Lunatic asylums Central Provinces reports 1886-1894 - 1886-1894
Year: 1886
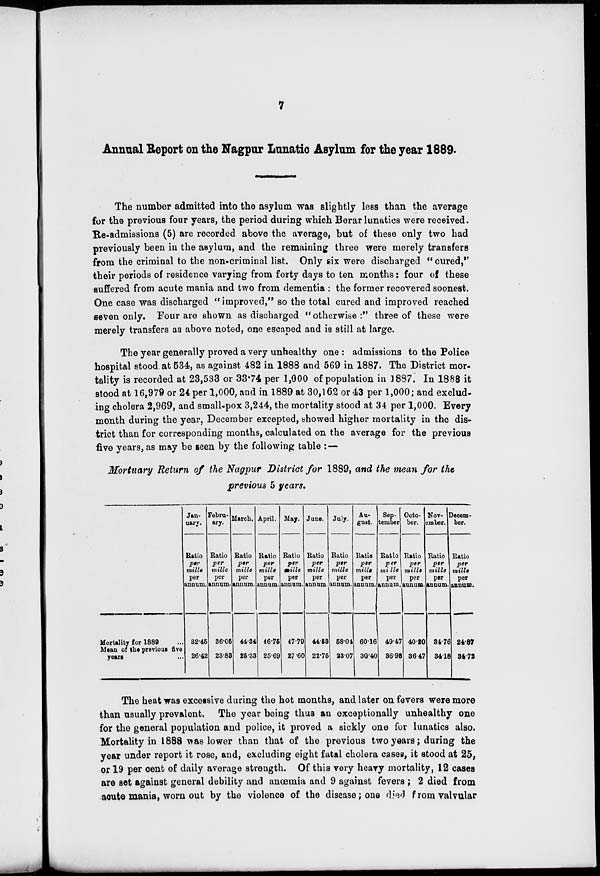
7
Annual Report on the Nagpur Lunatic Asylum for the year 1889.
The number admitted into the asylum was slightly less than the average
for the previous four years, the period during which Berar lunatics were received.
Re-admissions (5) are recorded above the average, but of these only two had
previously been in the asylum, and the remaining three were merely transfers
from the criminal to the non-criminal list. Only six were discharged "cured,"
their periods of residence varying from forty days to ten months: four of these
suffered from acute mania and two from dementia : the former recovered soonest.
One case was discharged "improved," so the total cured and improved reached
seven only. Four are shown as discharged "otherwise :" three of these were
merely transfers as above noted, one escaped and is still at large.
The year generally proved a very unhealthy one : admissions to the Police
hospital stood at 534, as against 482 in 1888 and 569 in 1887. The District mor-
tality is recorded at 23,533 or 33.74 per 1,000 of population in 1887. In 1888 it
stood at 16,979 or 24 per 1,000, and in 1889 at 30,162 or 43 per 1,000; and exclud-
ing cholera 2,969, and small-pox 3,244, the mortality stood at 34 per 1,000. Every
month during the year, December excepted, showed higher mortality in the dis-
trict than for corresponding months, calculated on the average for the previous
five years, as may be seen by the following table :—
Mortuary Return of the Nagpur District for 1889, and the mean for the
previous 5 years.
Mortality for 1889 ...
Mean of the previous five
years ...
Jan-
uary.
Ratio
per
mille
per
annum.
32.45
26.42
Febru-
ary.
Ratio
per
mille
per
annum.
36.05
23.83
March.
Ratio
per
mille
per
annum.
44.34
25.33
April.
Ratio
per
mille
per
annum.
46.75
25.69
May.
Ratio
per
mille
per
annum.
47.79
27.60
June.
Ratio
per
mille
per
annum.
44.53
22.75
July.
Ratio
per
mille
per
annum.
58.04
23.07
Au-
gust.
Ratio
per
mille
per
annum.
60.16
30.40
Sep¬
tember
Ratio
per
mille
per
annum.
49.47
36.98
Octo-
ber.
Ratio
per
mille
per
annum.
40.20
36.47
Nov¬
ember.
Ratio
per
mille
per
annum.
34.76
34.18
Decem-
ber.
Ratio
per
mille
per
annum.
24.87
34.72
The heat was excessive during the hot months, and later on fevers were more
than usually prevalent. The year being thus an exceptionally unhealthy one
for the general population and police, it proved a sickly one for lunatics also.
Mortality in 1888 was lower than that of the previous two years; during the
year under report it rose, and, excluding eight fatal cholera cases, it stood at 25,
or 19 per cent of daily average strength. Of this very heavy mortality, 12 cases
are set against general debility and anœmia and 9 against fevers ; 2 died from
acute mania, worn out by the violence of the disease; one died from valvular